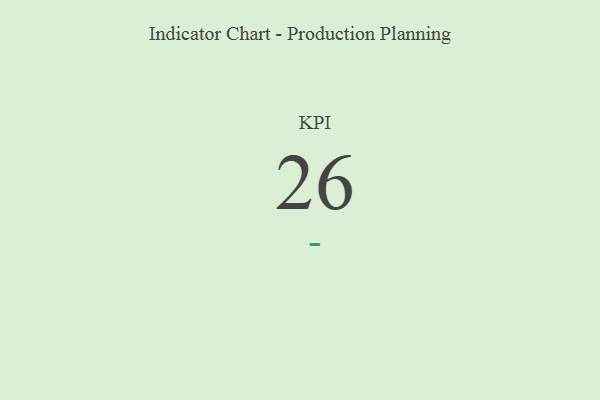
{"axis": {"x": "KPI", "y": "Value"}, "legend": [""], "data": [{"x": "KPI", "y": 26, "type": ""}]}